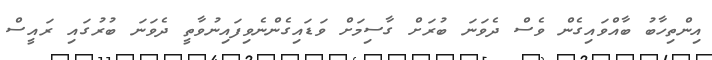
އިންތިހާބު ބާއްވައިގެން ވެސް ދެވަނަ ބުރަށް ގާސިމަށް ވަޑައިގެންނެވިފައިނުވާތީ ދެވަނަ ބުރުގައި ރައީސް